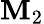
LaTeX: \mathbf{M}_{2}